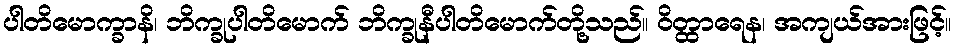
ပါတိမောက္ခာနိ၊ ဘိက္ခုပါတိမောက် ဘိက္ခုနီပါတိမောက်တို့သည်။ ဝိတ္ထာရေန၊ အကျယ်အားဖြင့်။